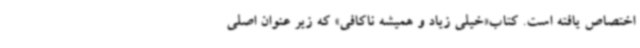
اختصاص یافته است. کتاب«خیلی زیاد و همیشه ناکافی» که زیر عنوان اصلی